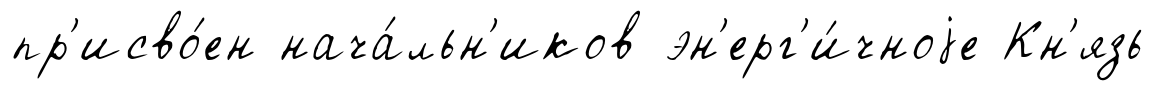
пр'исво́ен нача́льн'иков эн'ерг'и́чноjе Кн'язь